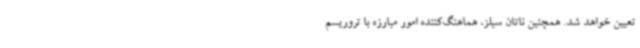
تعیین خواهد شد. همچنین ناتان سیلز، هماهنگ‌کننده امور مبارزه با تروریسم